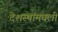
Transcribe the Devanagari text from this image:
देशस्थांमधली